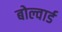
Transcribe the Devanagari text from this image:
बोल्वार्ड